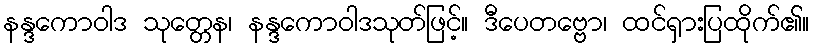
နန္ဒကောဝါဒ သုတ္တေန၊ နန္ဒကောဝါဒသုတ်ဖြင့်။ ဒီပေတဗ္ဗော၊ ထင်ရှားပြထိုက်၏။